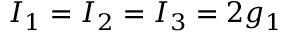
I _ { 1 } = I _ { 2 } = I _ { 3 } = 2 g _ { 1 }